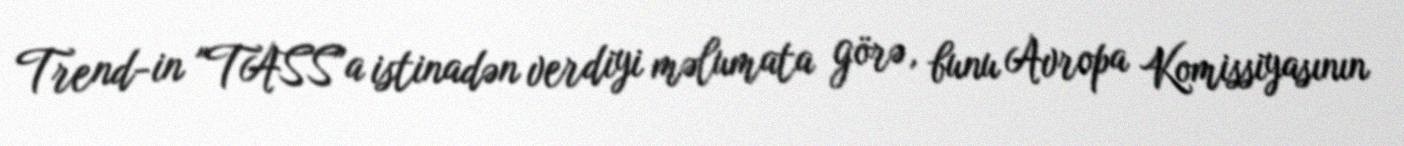
Trend-in "TASS"a istinadən verdiyi məlumata görə, bunu Avropa Komissiyasının